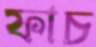
ফাচ